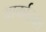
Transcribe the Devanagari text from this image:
आर्काइवल